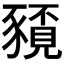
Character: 𮙤